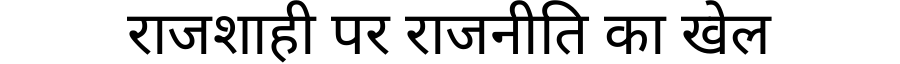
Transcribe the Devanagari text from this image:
राजशाही पर राजनीति का खेल